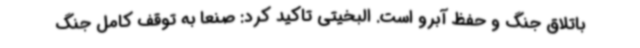
باتلاق جنگ و حفظ آبرو است. البخیتی تاکید کرد: صنعا به توقف کامل جنگ